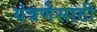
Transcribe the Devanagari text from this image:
यंत्रणेसाठी